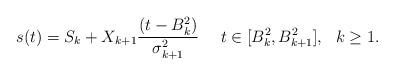
LaTeX: \begin{align*}s(t)=S_k+X_{k+1}\frac{(t-B^2_k)}{\sigma^2_{k+1}}\ \ \ \ t\in[B^2_k,B^2_{k+1}], \ \ k\geq1.\end{align*}